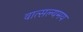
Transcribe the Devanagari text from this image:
वात्सल्यमय